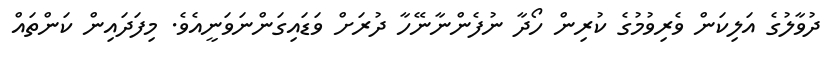
ދުވާލުގެ އަލިކަން ވެރިވުމުގެ ކުރިން ހޯދާ ނުފެންނާނޭހާ ދުރަށް ވަޑައިގަންނަވަނީއެވެ. މިފަދައިން ކަންތައް